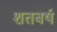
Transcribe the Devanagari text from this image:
शतबर्ष